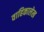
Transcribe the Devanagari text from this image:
वाहिकालेख